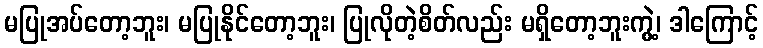
မပြုအပ်တော့ဘူး၊ မပြုနိုင်တော့ဘူး၊ ပြုလိုတဲ့စိတ်လည်း မရှိတော့ဘူးကွဲ့၊ ဒါကြောင့်